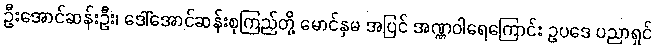
ဦးအောင်ဆန်းဦး၊ ဒေါ်အောင်ဆန်းစုကြည်တို့ မောင်နှမ အပြင် အဏ္ဏဝါရေကြောင်း ဥပဒေ ပညာရှင်